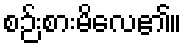
စဉ်းစားမိလေ၏။